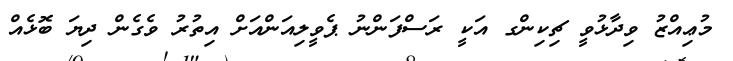
މުޢިއްޒު ވިދާޅުވީ ޗިކިންގ އަކީ ރަސްފަންނު ޕެވީލިއަންއަށް އިތުރު ވެގެން ދިޔަ ބޮޅެއް